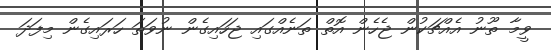
ވީމާ ތޫނު އެއްޗަކުން ޖެހެން އޮތް ތަނެއްގައި ޖަހައިގެން ނުވަތަ ހަރައިގެން މިފަދަ